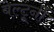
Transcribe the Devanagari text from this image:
बेल्टूर्नी